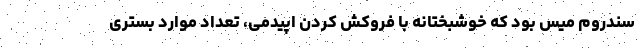
سندروم میس بود که خوشبختانه با فروکش کردن اپیدمی، تعداد موارد بستری